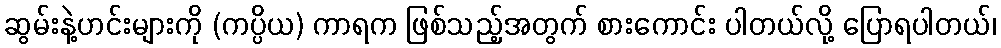
ဆွမ်းနဲ့ဟင်းများကို (ကပ္ပိယ) ကာရက ဖြစ်သည့်အတွက် စားကောင်း ပါတယ်လို့ ပြောရပါတယ်၊